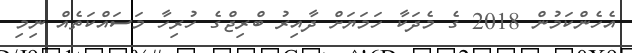
އެހެންކަމުން 2018 ގެ މެދަކާ ހަމަޔަށް ދާއިރު ބްރިޖްގެ ހުރިހާ މަސައްކަތެއް ނިމި